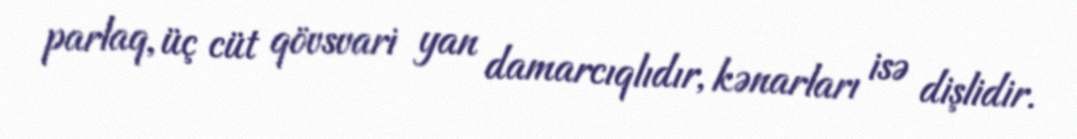
parlaq, üç cüt qövsvari yan damarcıqlıdır, kənarları isə dişlidir.